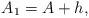
LaTeX: \begin{align*}A_1= A+h, \end{align*}